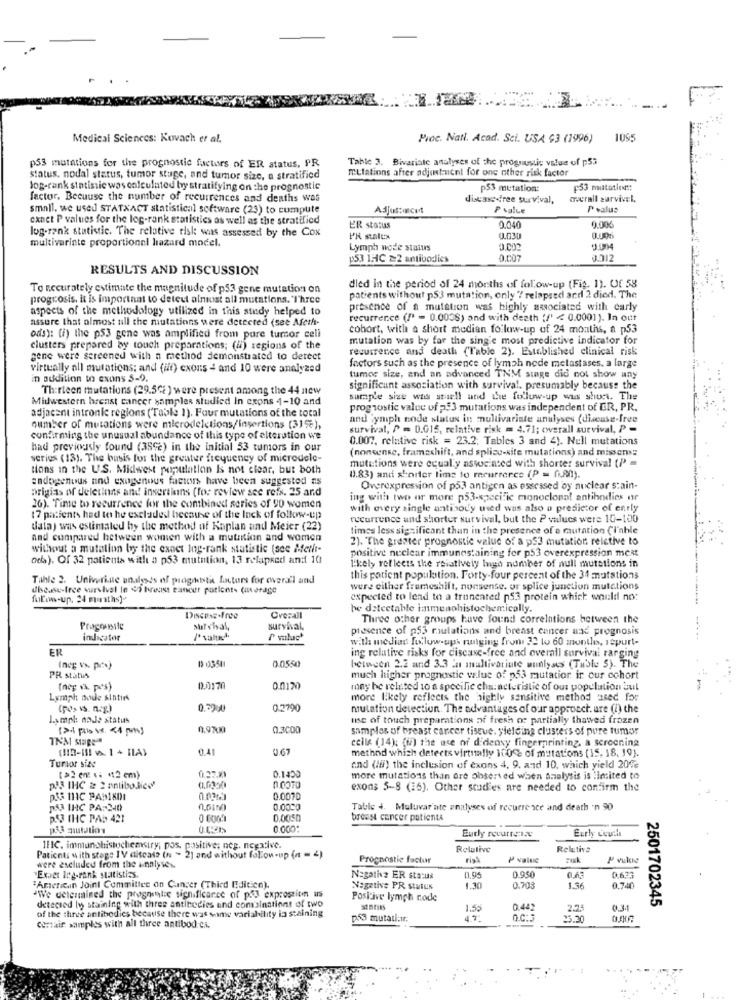
Medical Sciences: Kovach er al.
Proc. Nati. Acad. Sci. USA 93 (1996) 1055
Table 3. Bivariate analyses of the prognostic value of p53
p53 mutations for the prognostic factors of ER atatus, PR
mutations after adjustment for one other risk factor
status, nodal status, tumor stuge, and tumor size, a stratificd
Jog-rank statistic was calculated by stratifying on the prognostic
p53 mutation:
p53 miatatie ::
factor. Because the number of recurrences and deaths was
disease-free survival,
overall sarvivel.
small. we used STATXACT statistical software (23) to cumpute
Adjustocet
P value
P value
canet P values for the log-rank statistics as well as the stratified
0.040
log-rank statistic. The relative risk was assessed by the Cox
ER status
0.006
multivariate proportionel hazard model.
PR stalex
0.030
Lymph node status
J.004
153 1HC =2 antibodies
RESULTS AND DISCUSSION
To accurately estimate the magnitude of p53 gene mutation on
died in the period of 24 months of follow-up (Fig. 1). Of 58
progrosis, it is important to detect almost all mutations. "I'hree
patients without p53 mutation, only / relapsed ard 2 died. The
aspects of the methodology utilized in this study helped to
presence of a mutation was highly associated with carly
assure that almost all the mutations were detected (see Afeth-
recurrence (I' = 0.0038) and with death {/' < 0.0001). In our
cohort, with a short median follow-up of 24 months, a p53
ods): (i) the p53 gene was amplified from pure tumor cell
mutation was by far the sing'e most predictive indicator for
clusters prepared by touch preparations; (u) regions of the
recurrence and death ("Table 2), Established clinical risk
gene were sercened with a method demonstrated to detect
factors such as the presence of lymph node metastases, a large
virtually all mutations; and (it) cxons - and 10 were analyzed
in addition to exuns S-9.
tumoc size, and an advanced TNM singe did not show any
Thirteen mutations (29.5℃i ) were present among the 44 new
significant association with survival. presumably because the
Midwestern hrenst cancer sampler studied In exons 4-10 and
sample size was stell and Le follow-up wus short. The
adjacent intronic regions ("Table 1). Four mutations of the total
prognostic value of 2.3 mutations was independent of ER, PR.
and lymph node status in multivariate anulyses (discuss-free
number of mutations were microdeletions/insertions (315%),
survival, / = 0.015, relative risk = 4.71; overall survival, P =
confirming the unusual abundance of this type of elteration we
0.007, relative risk = 23.2; Tables 3 and 4). Nell mutations
had previously found (359c) in the initial 53 tumors in our
(nonsense, framashift, and splice-site mutations) and missen:
series (13). The basis for the greater frequency of microdele-
tions in the U.S. Midwest population Is not clear, but both
mutations were equally associated with shorter survival (P =
endogenous und exogenous facteurs have been suggested ns
0.83) and shorter time to recurrence (P = (LAN).
prigias of deletions and insertians (for review see refs. 25 and
Overexpression of p53 antigen as essessed oy nuclear stain-
ing with two or more p53-specific monoclonal antibodies nr
26). Time to recurrence for the combined series of 90 women
with every single antibody used was also a predictor of ently
17 patients had to he excluded because of the lack of follow-up
recurrence and shorter survival, but the P values were 10-100
data) was estimated hy the method of Kaplan und Meier (22)
times less significant than in the presence of a mutation (l'able
and cumpared between women with a mutation and women
2). The greater prognostic value of a p53 mutation relative to
without a mutation by the exact log-rank statistic (see Meilt-
positive nuclear immunestaining for p53 overexpression most
ochs). Of 32 patients with a p53 mutation, 13 relapsed and 10
likely reflects the relatively high number of null mutations in
Tahle 2. Univeriue unaalysis of praguesti factors for cwvera'l and
this patient population. Forty-four percent of the 34 mutations
Ubease-free survival in co breast cancer putlont- (average
were either fremeshift, nonsense. or splice junction mutations
folow-up. 24 maths]-
expected to lead to a truncated p53 protein which would no:
be detectable inmenohistochemically.
Overall
Three other groups have found correlations between the
Pragousile
sur chal,
survival,
presence of p53 raulations and breast cancer and prognosis
indicator
with median fu low-ups ranging from 22 lo 60 months, 1spurt-
ER
19 03541
0.0550
ing relative risks for disease-free and overall survival ranging
between 2.2 and 3.3 in multivariate analyses (Table S). The
PR statis
much higher prognostic value of p53 mutation ir our cohort
(nep vs. pes)
0.0170
mony he related to a specific characteristic of our population bul
Lymph node sintur
more likely reflects the highly sensitive method used for
(pds vs. nag)
0.7900
0.2790
mutation detection. The advantages of our approach. are (i) the
Lampl: noJe status
use of touch preparations of fresh oc partially thawed frozen
0.9700
0.3000
samples of breast cancer tissue, yielding clusters of pure tumor
TN'M SURE
ITO
cells (14); (/) the use of didensy fingerprinting a screening
0.67
Turbor size
method which detects virtually 100se of mutations [15. 18, 19].
and (I) the inclusion of exons 4, 9, and 10, which yield 20℃
[>2 en .. "2 cm)
0.27.20
0.1450
more mutations than ore observed when Analysis is limited to
pa3 IHC & 2 antibolico'
exons 5-8 (16). Other studies are needed to confirm the
0.0070
MA IHC PA: 340
0,0020
Table +. Muluvar ate analyses of recurrence and death 'n 90
DOS IHC PAD 421
0.0050
breast cancer patienta
0.000:
Eurly recurrence
Eurly ceuthe
1HIC. immunohistochemiry, pos, positive; neg. negative.
Relative
Relativa
Patients with stage IV ditcasa (n > 2] and without follow-up (n = 2)
Prognostic factur
P value
were excluded from the analyses.
"Expet leg-rank statistias.
Nagathe ER status
0.950
0.633
"American Joint Committee on Cancer (Third Edition).
"We determined the pregnantse significance of ph3 exproseite us
Negative PR Status
1.30
0.703
1.36
0.740
Positive lymph node
detecsed ly staining with three antibodies and combinations of two
status
1.53
0.442
2.75
0.34
2501702345
of the three antibodies because there was same variability la staining
p53 mutati:1.
4.7.
Q.C:3
25.30
Cortaif samples with all three antibod Ci.